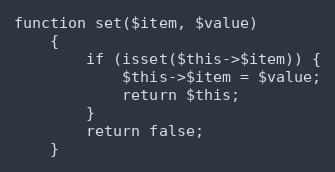
Language: PHP
function set($item, $value)
    {
        if (isset($this->$item)) {
            $this->$item = $value;
            return $this;
        }
        return false;
    }